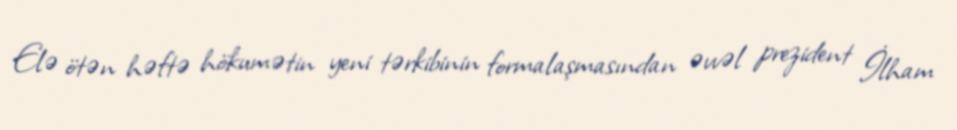
Elə ötən həftə hökumətin yeni tərkibinin formalaşmasından əvvəl prezident İlham